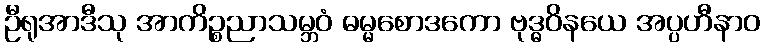
ဦရုအာဒီသု အာကိဉ္စညာသမ္ဘဝံ ဓမ္မစောဒကော ဗုဒ္ဓဝိနယေ အပ္ပဟီနာဝ